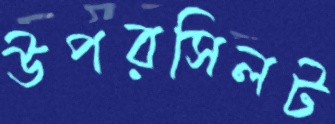
উপরসিলট